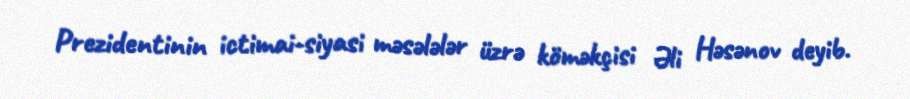
Prezidentinin ictimai-siyasi məsələlər üzrə köməkçisi Əli Həsənov deyib.